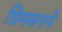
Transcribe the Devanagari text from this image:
ग्रिमसनने